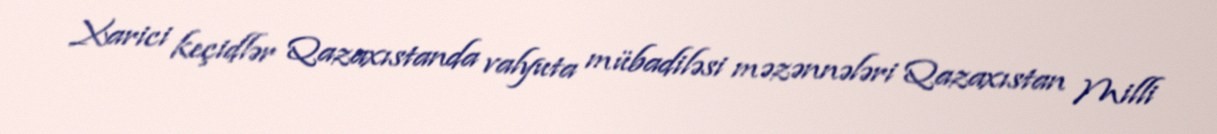
Xarici keçidlər Qazaxıstanda valyuta mübadiləsi məzənnələri Qazaxıstan Milli